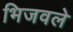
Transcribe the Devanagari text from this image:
भिजवले